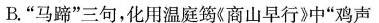
B.”马蹄”三句，化用温庭筠《商山早行》中”鸡声